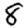
Digit: 8